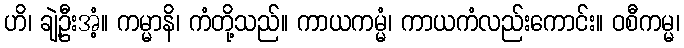
ဟိ၊ ချဲ့ဦးအံ့။ ကမ္မာနိ၊ ကံတို့သည်။ ကာယကမ္မံ၊ ကာယကံလည်းကောင်း။ ဝစီကမ္မ၊